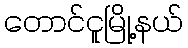
တောင်ငူမြို့နယ်